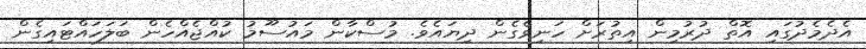
އެދެމެދުގައި އޮތް ދުރުމިން އިތުރަށް ހަނިވެގެން ދިޔައެވެ. މުސްކާން މައުސޫމު ކުއްޖެއްހެން ބަލަހައްޓައިގެން